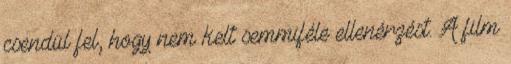
csendül fel, hogy nem kelt semmiféle ellenérzést. A film